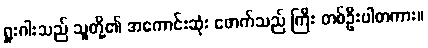
ရှူးဂါးသည် သူတို့၏ အကောင်းဆုံး ဖောက်သည် ကြီး တစ်ဦးပါတကား။